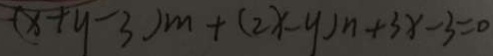
( x + y - 3 ) m + ( 2 x - y ) n + 3 x - 3 = 0